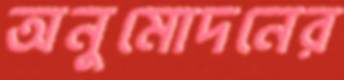
অনুমোদনের